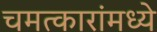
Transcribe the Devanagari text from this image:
चमत्कारांमध्ये